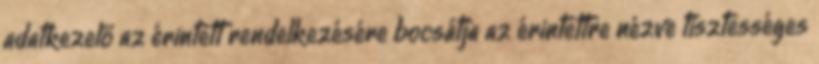
adatkezelő az érintett rendelkezésére bocsátja az érintettre nézve tisztességes